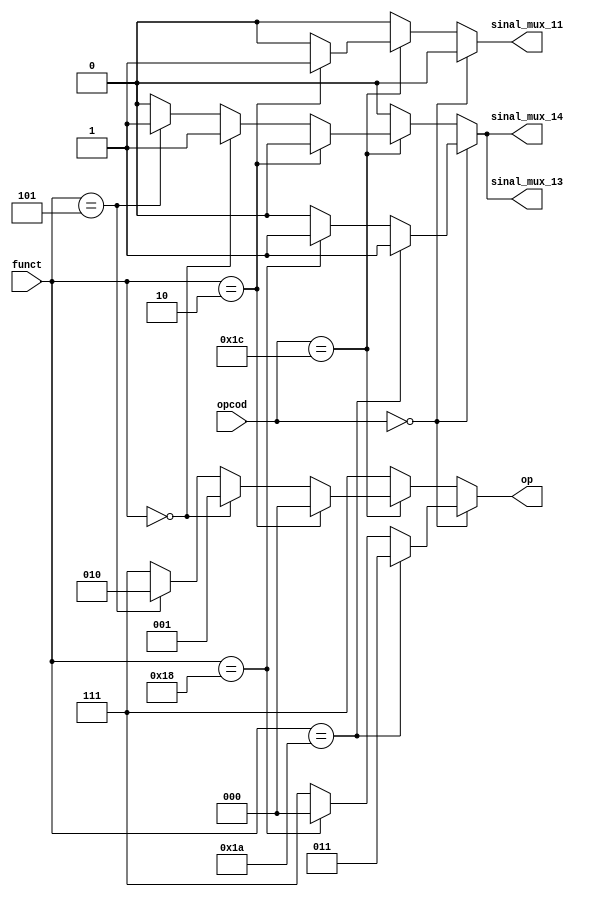
module op_cop(funct, sinal_mux_11,sinal_mux_13,sinal_mux_14, op, opcod);

	input [5:0]funct; //Informação de 6 bits que vem do separador 1
	input [5:0] opcod;
	
	output sinal_mux_11;
	output sinal_mux_13;
	output sinal_mux_14;
	output [2:0]op; //operação para o cooprocessador
	
	reg [2:0]aux_op;
	reg aux_sinal_mux_11;
	reg aux_sinal_mux_13;
	reg aux_sinal_mux_14;
	
	
	always@* begin
		aux_op = 3'b111;
		aux_sinal_mux_11 = 1'b0;
		aux_sinal_mux_13 = 1'b0;
		aux_sinal_mux_14 = 1'b0;
		
		if(opcod == 6'b000000) begin
			
			if(funct == 6'b011010) begin //DIV
				
				aux_op = 2'b011;
				aux_sinal_mux_13 = 1'b1;
				aux_sinal_mux_14 = 1'b1;
			end
			
			else if(funct == 6'b011000) begin //MULT
				
				aux_op = 2'b000;
				aux_sinal_mux_13 = 1'b1;
				aux_sinal_mux_14 = 1'b1;
			end
		
		end
		
		else if(opcod == 6'b011100) begin
			
			if(funct == 6'b000010) begin //MUL
				
				aux_op = 2'b000;
				aux_sinal_mux_11 = 1'b1;
			end
			
			else if(funct == 6'b000000) begin //MADD
				
				aux_op = 2'b001;
				aux_sinal_mux_13 = 1'b1;
				aux_sinal_mux_14 = 1'b1;
			end
			
			else if(funct == 6'b000101) begin //MSUBU
				
				aux_op = 2'b010;
				aux_sinal_mux_13 = 1'b1;
				aux_sinal_mux_14 = 1'b1;
			end		
		end			
	end	
	assign op = aux_op;
	assign sinal_mux_11 = aux_sinal_mux_11;
	assign sinal_mux_13 = aux_sinal_mux_13;
	assign sinal_mux_14 = aux_sinal_mux_14;
	
endmodule